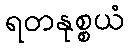
ရတနုစ္စယံ